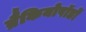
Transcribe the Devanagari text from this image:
ब्रैकियोपॉडों